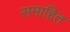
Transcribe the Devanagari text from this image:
समाहित